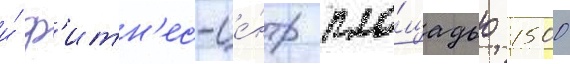
и́ ф'итн'ес-це́нтр пло́щадью 1500